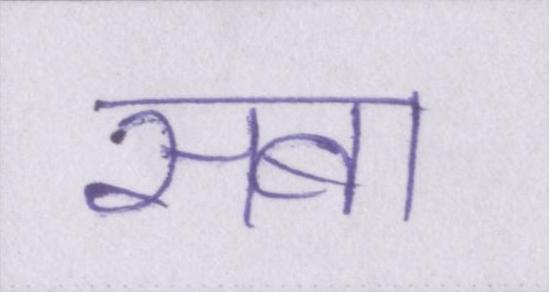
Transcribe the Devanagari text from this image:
सबा